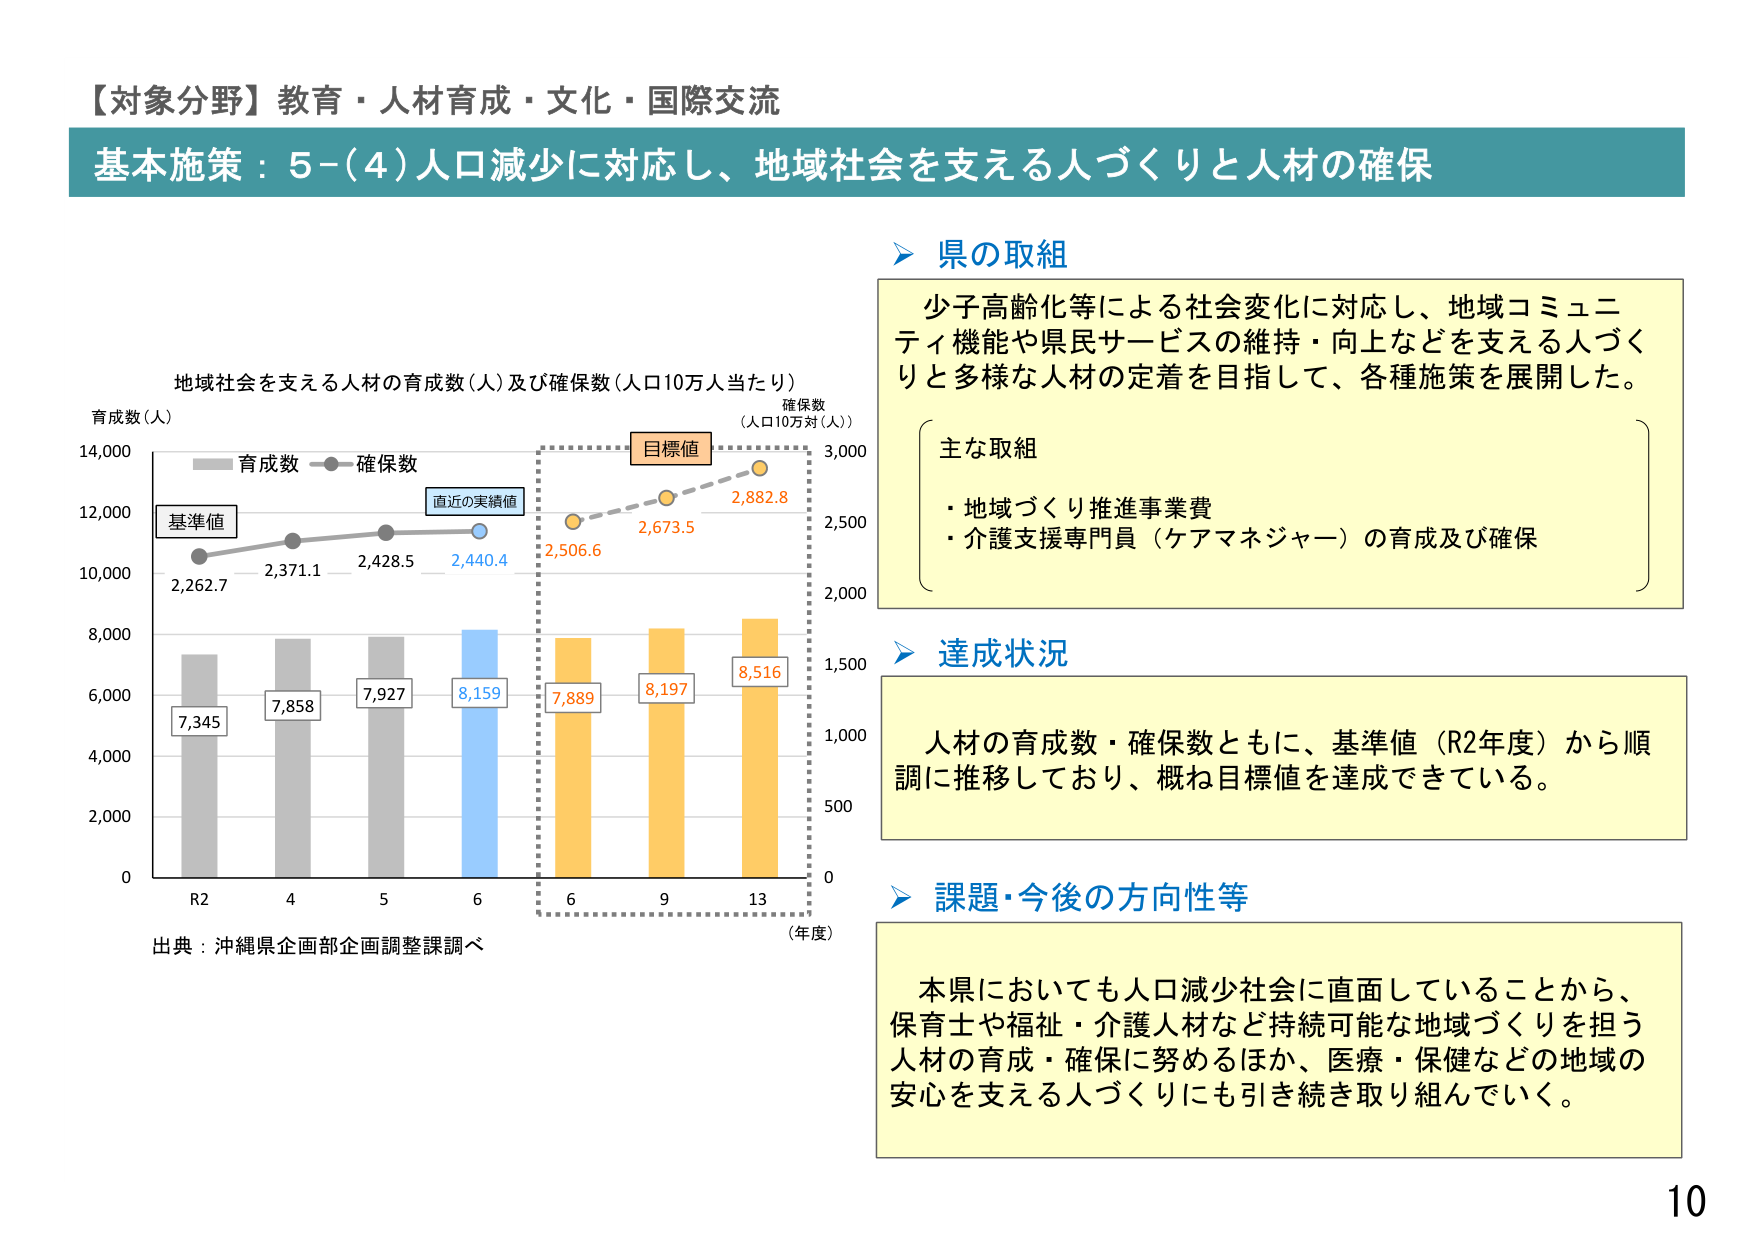
【対象分野】教育・人材育成・文化・国際交流
基本施策：5-(4)人口減少に対応し、地域社会を支える人づくりと人材の確保

地域社会を支える人材の育成数（人）及び確保数（人口10万人当たり）
育成数（人）
確保数（人口10万対（人））
基準値
直近の実績値
目標値
R2  4  5  6  6  9  13
（年度）
7,345
7,858
7,927
8,159
7,889
8,197
8,516
2,262.7
2,371.1
2,428.5
2,440.4
2,506.6
2,673.5
2,882.8
0
2,000
4,000
6,000
8,000
10,000
12,000
14,000
0
500
1,000
1,500
2,000
2,500
3,000
出典：沖縄県企画部企画調整課調べ

県の取組
少子高齢化等による社会変化に対応し、地域コミュニティ機能や県民サービスの維持・向上などを支える人づくりと多様な人材の定着を目指して、各種施策を展開した。
主な取組
・地域づくり推進事業費
・介護支援専門員（ケアマネジャー）の育成及び確保

達成状況
人材の育成数・確保数ともに、基準値（R2年度）から順調に推移しており、概ね目標値を達成できている。

課題・今後の方向性等
本県においても人口減少社会に直面していることから、保育士や福祉・介護人材など持続可能な地域づくりを担う人材の育成・確保に努めるほか、医療・保健などの地域の安心を支える人づくりにも引き続き取り組んでいく。

10